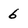
Character: 6